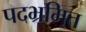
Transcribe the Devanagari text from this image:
पदभ्रमित